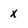
Character: x